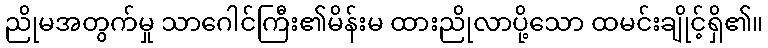
ညိုမအတွက်မှု သာဂေါင်ကြီး၏မိန်းမ ထားညိုလာပို့သော ထမင်းချိုင့်ရှိ၏။